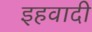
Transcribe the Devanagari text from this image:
इहवादी